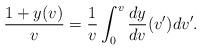
LaTeX: \begin{align*} \frac{1+y(v)}{v}=\frac{1}{v}\int_0^v\frac{dy}{dv}(v')dv'.\end{align*}